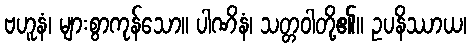
ဗဟူနံ၊ များစွာကုန်သော။ ပါဏိနံ၊ သတ္တဝါတို့၏။ ဥပနိဿာယ၊